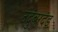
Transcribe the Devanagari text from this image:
उदुंबरदंड